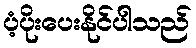
ပံ့ပိုးပေးနိုင်ပါသည်